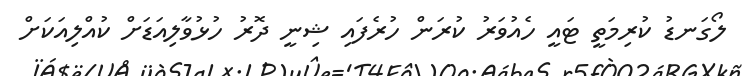
ލޯގަނޑު ކުރިމަތީ ޓައީ ހެއުވަރު ކުރަން ހުރެފައި ޝިނީ ދޮރު ހުޅުވާލިއަޑަށް ކުއްލިއަކަށް